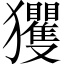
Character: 玃